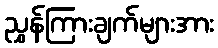
ညွှန်ကြားချက်များအား